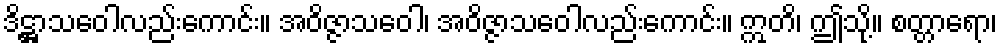
ဒိဋ္ဌာသဝေါလည်းကောင်း။ အဝိဇ္ဇာသဝေါ၊ အဝိဇ္ဇာသဝေါလည်းကောင်း။ ဣတိ၊ ဤသို့။ စတ္တာရော၊